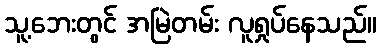
သူ့ဘေးတွင် အမြဲတမ်း လူရှုပ်နေသည်။